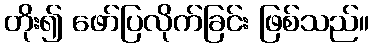
တိုး၍ ဖော်ပြလိုက်ခြင်း ဖြစ်သည်။